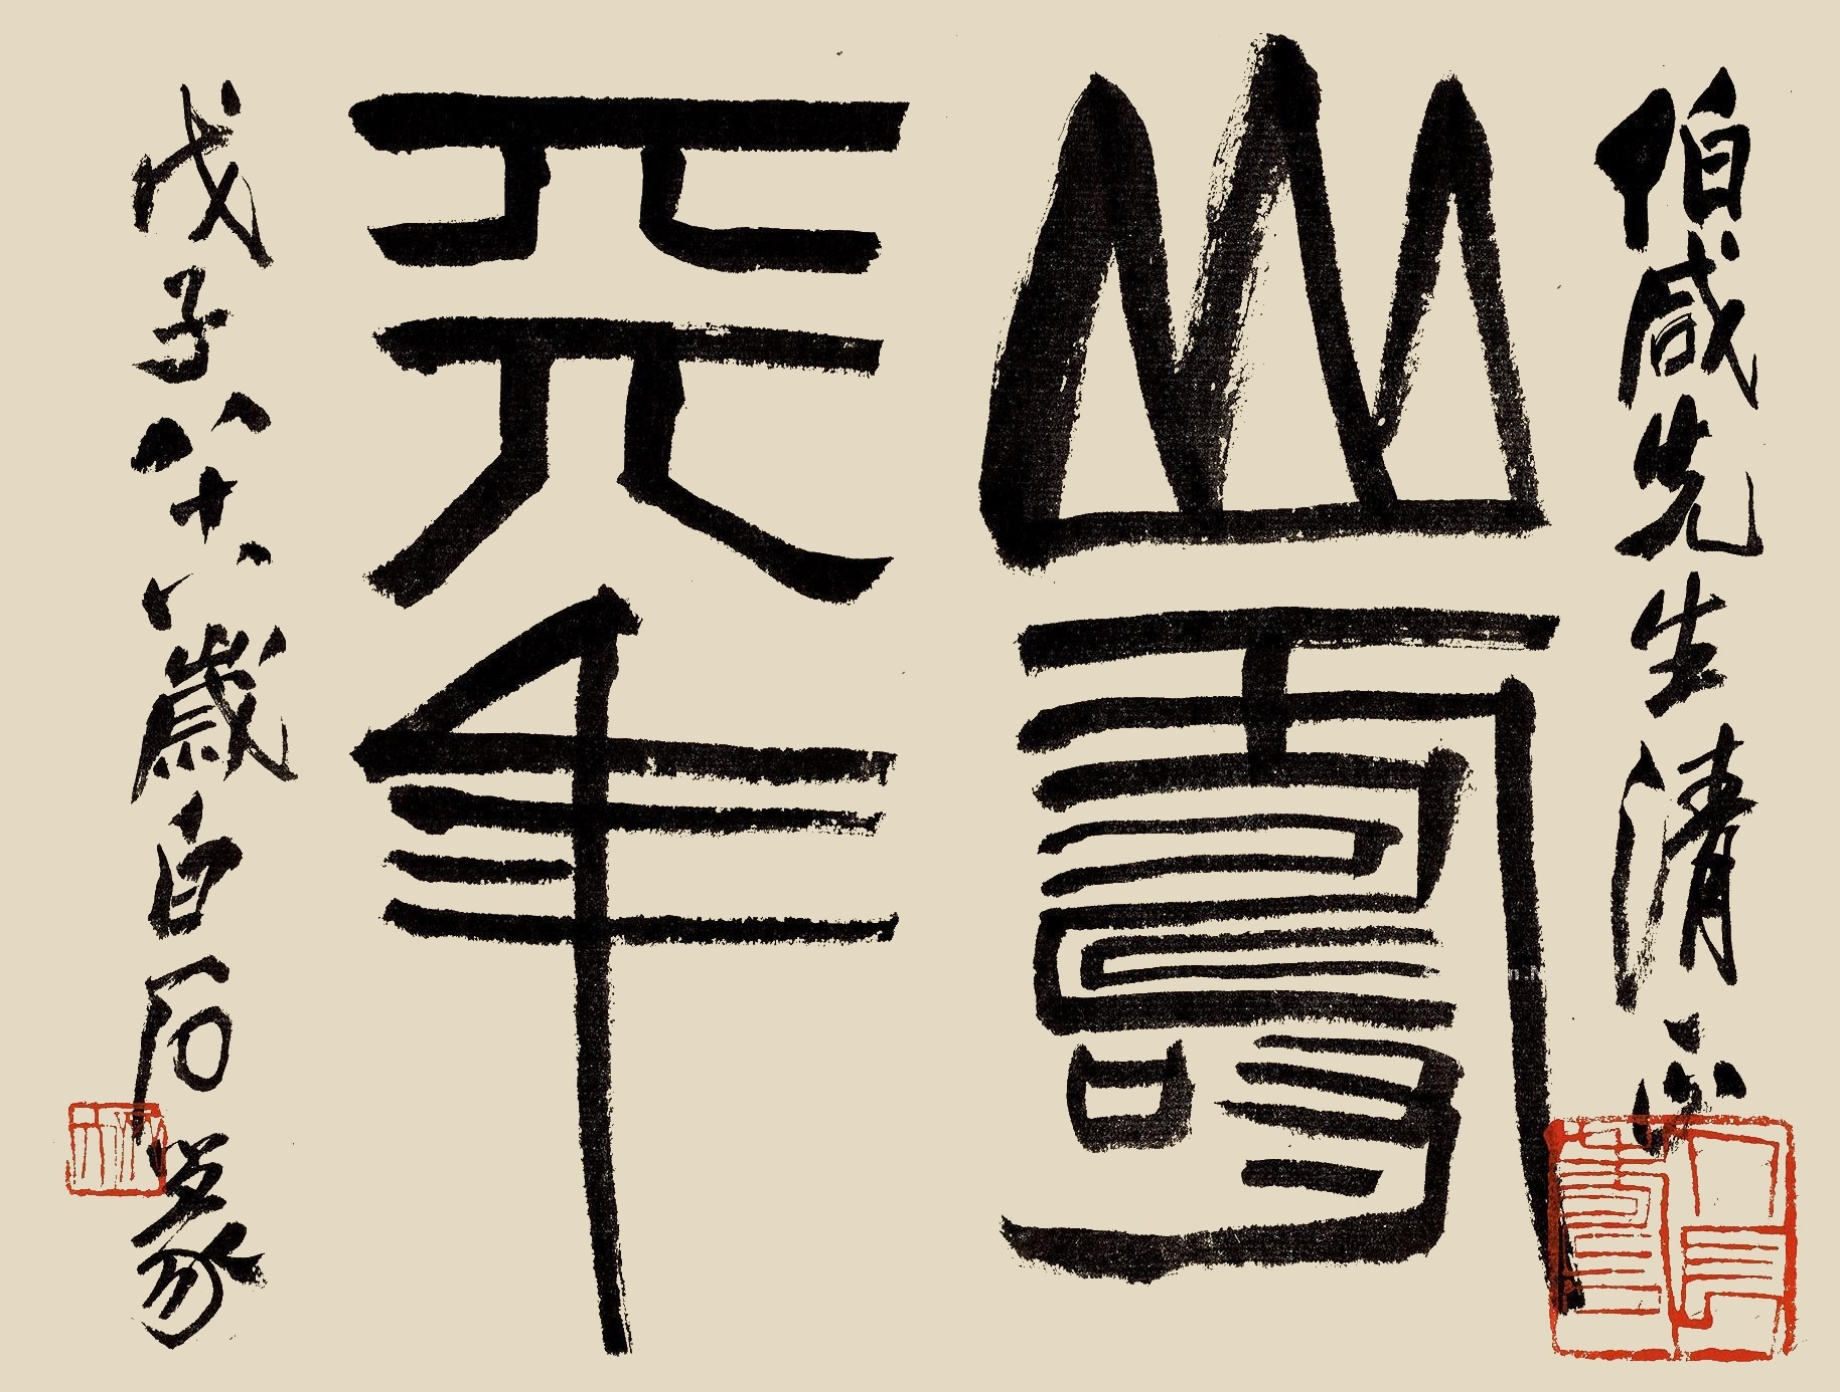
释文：山寿天年伯咸先生清正。戊子八十八岁白石篆。